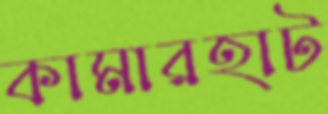
কামারহাট